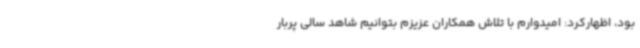
بود، اظهارکرد: امیدوارم با تلاش همکاران عزیزم بتوانیم شاهد سالی پربار